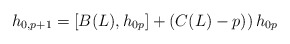
\begin{align*}h_{0,p+1}=[B(L),h_{0p}]+\left(C(L)-p)\right)h_{0p}\end{align*}